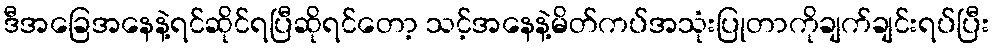
ဒီအခြေအနေနဲ့ရင်ဆိုင်ရပြီဆိုရင်တော့ သင့်အနေနဲ့မိတ်ကပ်အသုံးပြုတာကိုချက်ချင်းရပ်ပြီး